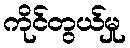
ကိုင်တွယ်မှု